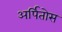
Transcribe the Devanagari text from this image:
अर्पितोस